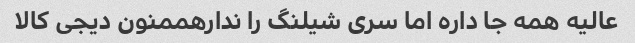
عالیه همه جا داره اما سری شیلنگ را ندارهممنون دیجی کالا